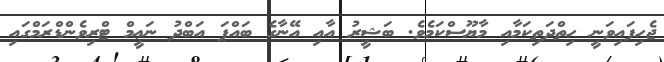
ޖެހިފައިވަނީ ހިތްދަތިކަމާއި މާޔޫސްކަމެވެ. ބަޝީރު އާއި އޭނާގެ ބައްޕަ އަބްދު ނަޢީމް ޓްރިވެންޑްރަމްގައި